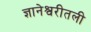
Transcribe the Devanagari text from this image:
ज्ञानेश्वरीतली